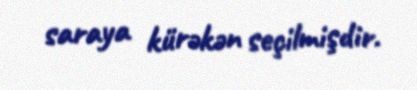
saraya kürəkən seçilmişdir.